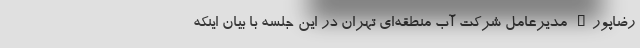
رضاپور" مدیرعامل شرکت آب منطقه‌ای تهران در این جلسه با بیان اینکه